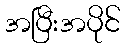
အပြီးအပိုင်